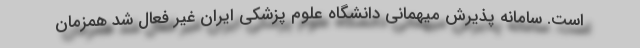
است. سامانه پذیرش میهمانی دانشگاه علوم پزشکی ایران غیر فعال شد همزمان